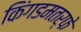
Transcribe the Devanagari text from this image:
किंगडमतर्फे